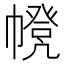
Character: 𢅃